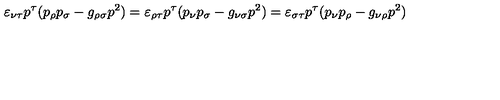
\varepsilon _ { \nu \tau } p ^ { \tau } ( p _ { \rho } p _ { \sigma } - g _ { \rho \sigma } p ^ { 2 } ) = \varepsilon _ { \rho \tau } p ^ { \tau } ( p _ { \nu } p _ { \sigma } - g _ { \nu \sigma } p ^ { 2 } ) = \varepsilon _ { \sigma \tau } p ^ { \tau } ( p _ { \nu } p _ { \rho } - g _ { \nu \rho } p ^ { 2 } )